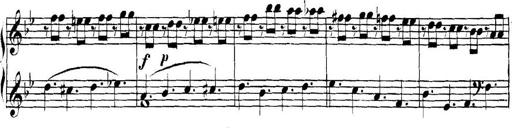
Title: Collected Piano Sonatas
Composer: Muzio Clementi